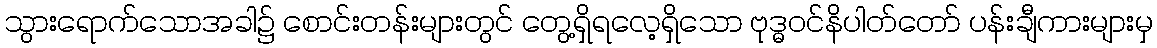
သွားရောက်သောအခါ၌ စောင်းတန်းများတွင် တွေ့ရှိရလေ့ရှိသော ဗုဒ္ဓဝင်နိပါတ်တော် ပန်းချီကားများမှ